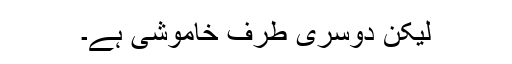
لیکن دوسری طرف خاموشی ہے۔